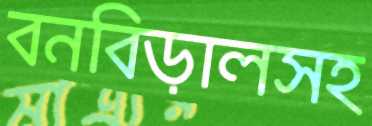
বনবিড়ালসহ